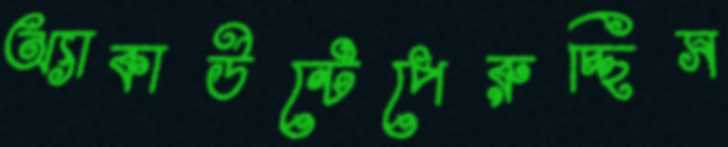
অ্যাকাউন্টেপেরুচ্ছিস